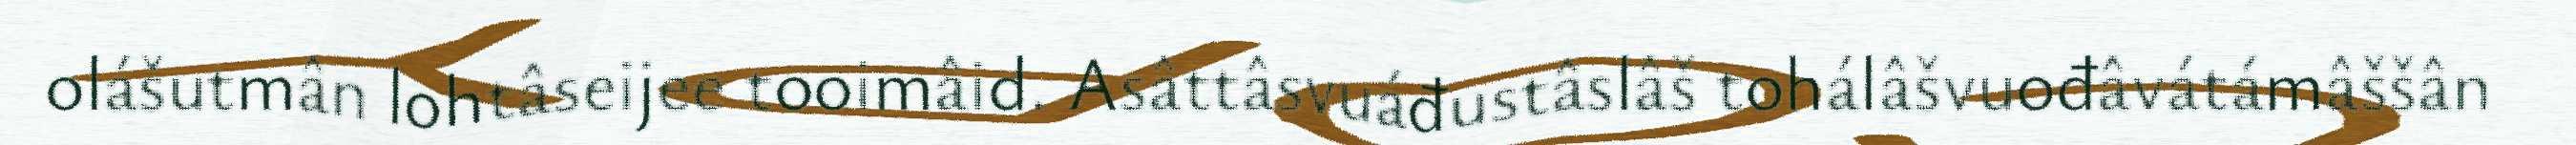
olášutmân lohtâseijee tooimâid. Asâttâsvuáđustâslâš tohálâšvuođâvátámâššân